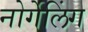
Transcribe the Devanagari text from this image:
नोर्गेलिंग